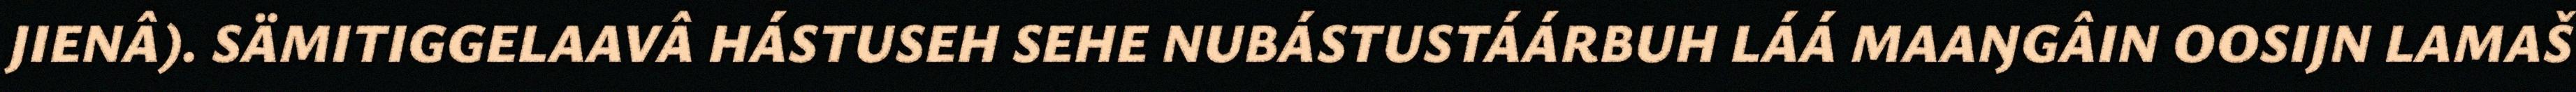
JIENÂ). SÄMITIGGELAAVÂ HÁSTUSEH SEHE NUBÁSTUSTÁÁRBUH LÁÁ MAAŊGÂIN OOSIJN LAMAŠ